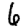
Digit: 6